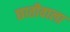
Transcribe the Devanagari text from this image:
छातीवाला